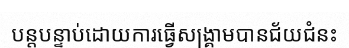
បន្តបន្ទាប់ដោយការធ្វើសង្គ្រាមបានជ័យជំនះ